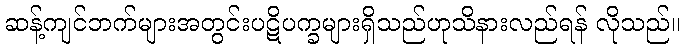
ဆန့်ကျင်ဘက်များအတွင်းပဋိပက္ခများရှိသည်ဟုသိနားလည်ရန် လိုသည်။